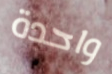
واحدة